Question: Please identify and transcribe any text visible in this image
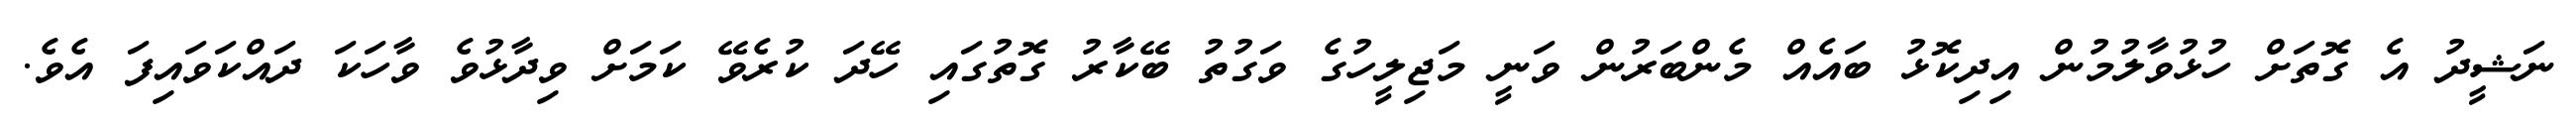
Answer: ނަޝީދު އެ ގޮތަށް ހުޅުވާލުމުން އިދިކޮޅު ބައެއް މެންބަރުން ވަނީ މަޖިލީހުގެ ވަގުތު ބޭކާރު ގޮތުގައި ހޭދަ ކުރެވޭ ކަމަށް ވިދާޅުވެ ވާހަކަ ދައްކަވައިފަ އެވެ.